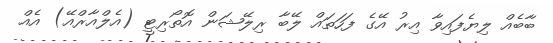
ބާބެއް ލިޔެފައިވާ އިރު އޭގެ ފަހަތައް ލޭބާ ރިލޭޝަން އޮތޯރިޓީ (އެލްއާރްއޭ) އެއް